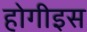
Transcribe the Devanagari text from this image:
होगीइस